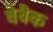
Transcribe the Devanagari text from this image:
वेबैक